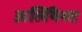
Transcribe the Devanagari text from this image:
अर्लियेस्ट